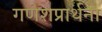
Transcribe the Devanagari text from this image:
गणेशप्रार्थना